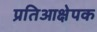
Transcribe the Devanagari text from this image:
प्रतिआक्षेपक